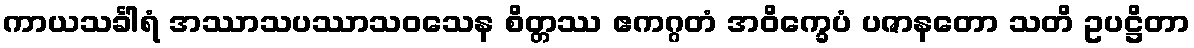
ကာယသင်္ခါရံ အဿာသပဿာသဝသေန စိတ္တဿ ဧကဂ္ဂတံ အဝိက္ခေပံ ပဇာနတော သတိ ဥပဋ္ဌိတာ